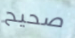
صحيح